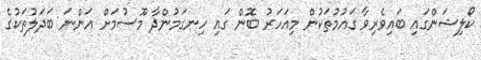
ކޯލިޝަންގައި ބައިވެރިވާ ގައުމުތަކުން މިއަހަރު ބޮން ގައި ހިނގަމުންދާ މޫސުމަށް އަންނަ ބަދަލުތަކުގެ